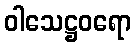
ဝါသေဋ္ဌဝရော